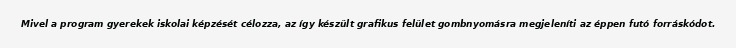
Mivel a program gyerekek iskolai képzését célozza, az így készült grafikus felület gombnyomásra megjeleníti az éppen futó forráskódot.